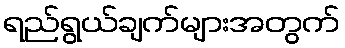
ရည်ရွယ်ချက်များအတွက်